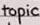
topic